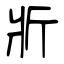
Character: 斨